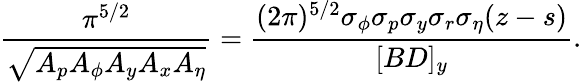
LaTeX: \frac{\pi^{5/2}}{\sqrt{A_{p}A_{\phi}A_{y}A_{x}A_{\eta}}}=\frac{(2\pi)^{5/2}\sigma_{\phi}\sigma_{p}\sigma_{y}\sigma_{r}\sigma_{\eta}(z-s)}{[BD]_{y}}.